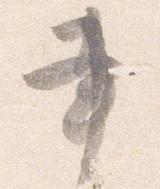
書